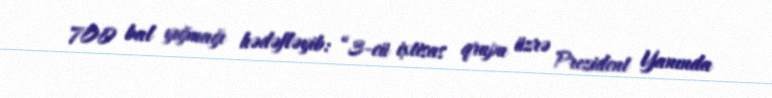
700 bal yığmağı hədəfləyib: “3-cü ixtisas qrupu üzrə Prezident Yanında